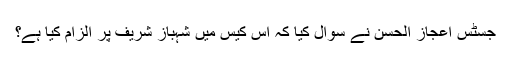
جسٹس اعجاز الحسن نے سوال کیا کہ اس کیس میں شہباز شریف پر الزام کیا ہے؟